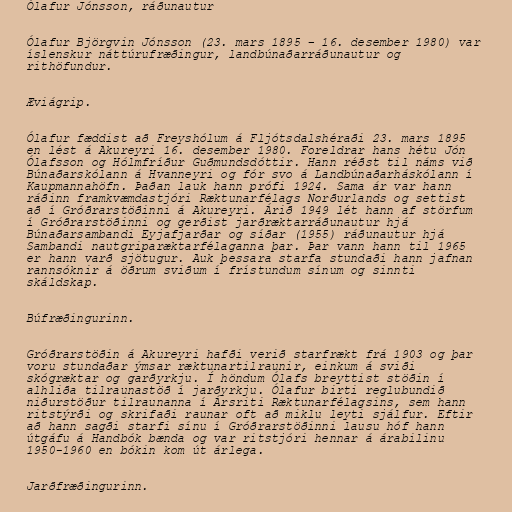
Ólafur Jónsson, ráðunautur

Ólafur Björgvin Jónsson (23. mars 1895 – 16. desember 1980) var
íslenskur náttúrufræðingur, landbúnaðarráðunautur og
rithöfundur.

Æviágrip.

Ólafur fæddist að Freyshólum á Fljótsdalshéraði 23. mars 1895
en lést á Akureyri 16. desember 1980. Foreldrar hans hétu Jón
Ólafsson og Hólmfríður Guðmundsdóttir. Hann réðst til náms við
Búnaðarskólann á Hvanneyri og fór svo á Landbúnaðarháskólann í
Kaupmannahöfn. Þaðan lauk hann prófi 1924. Sama ár var hann
ráðinn framkvæmdastjóri Ræktunarfélags Norðurlands og settist
að í Gróðrarstöðinni á Akureyri. Árið 1949 lét hann af störfum
í Gróðrarstöðinni og gerðist jarðræktarráðunautur hjá
Búnaðarsambandi Eyjafjarðar og síðar (1955) ráðunautur hjá
Sambandi nautgriparæktarfélaganna þar. Þar vann hann til 1965
er hann varð sjötugur. Auk þessara starfa stundaði hann jafnan
rannsóknir á öðrum sviðum í frístundum sínum og sinnti
skáldskap.

Búfræðingurinn.

Gróðrarstöðin á Akureyri hafði verið starfrækt frá 1903 og þar
voru stundaðar ýmsar ræktunartilraunir, einkum á sviði
skógræktar og garðyrkju. Í höndum Ólafs breyttist stöðin í
alhliða tilraunastöð í jarðyrkju. Ólafur birti reglubundið
niðurstöður tilraunanna í Ársriti Ræktunarfélagsins, sem hann
ritstýrði og skrifaði raunar oft að miklu leyti sjálfur. Eftir
að hann sagði starfi sínu í Gróðrarstöðinni lausu hóf hann
útgáfu á Handbók bænda og var ritstjóri hennar á árabilinu
1950-1960 en bókin kom út árlega.

Jarðfræðingurinn.